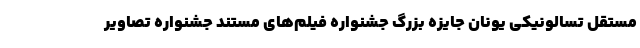
مستقل تسالونیکی یونان جایزه بزرگ جشنواره فیلم‌های مستند جشنواره تصاویر